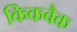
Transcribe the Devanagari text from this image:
किकबैक